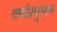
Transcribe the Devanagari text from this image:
वर्षाप्रचुरवन